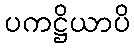
ပကဋ္ဌိယာပိ